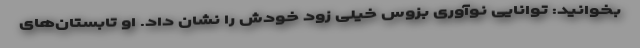
بخوانید: توانایی نوآوری بزوس خیلی زود خودش را نشان داد. او تابستان‌های